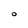
Character: O